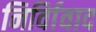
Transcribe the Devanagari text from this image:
निर्विावाद